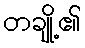
တချို့၏